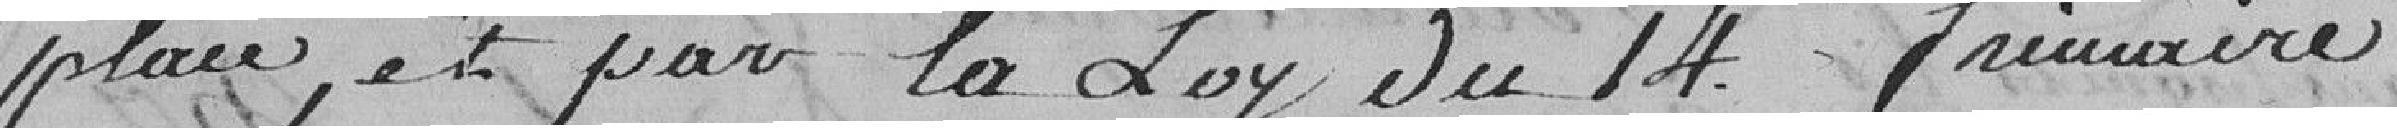
place, et par la loi du 14 frimaire